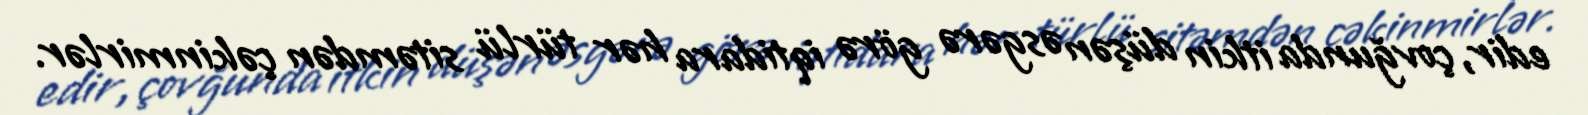
edir, çovğunda itkin düşən əsgərə görə iqtidara hər türlü sitəmdən çəkinmirlər.